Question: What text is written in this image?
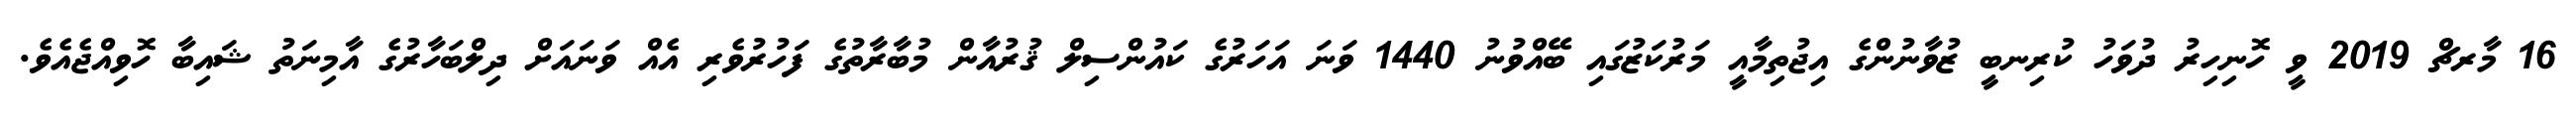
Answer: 16 މާރޗް 2019 ވީ ހޮނިހިރު ދުވަހު ކުރިނބީ ޒުވާނުންގެ އިޖުތިމާއީ މަރުކަޒުގައި ބޭއްވުނު 1440 ވަނަ އަހަރުގެ ކައުންސިލް ޤުރުއާން މުބާރާތުގެ ފަހުރުވެރި އެއް ވަނައަށް ދިލްބަހާރުގެ އާމިނަތު ޝައިބާ ހޮވިއްޖެއެވެ.